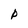
Character: P